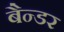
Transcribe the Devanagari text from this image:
बैन्डर